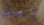
اتسأل